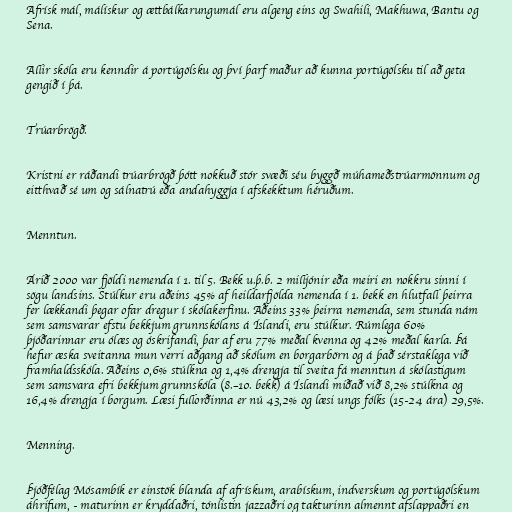
Afrísk mál, málískur og ættbálkarungumál eru algeng eins og Swahili, Makhuwa, Bantu og
Sena.

Allir skóla eru kenndir á portúgölsku og því þarf maður að kunna portúgölsku til að geta
gengið í þá.

Trúarbrögð.

Kristni er ráðandi trúarbrögð þótt nokkuð stór svæði séu byggð múhameðstrúarmönnum og
eitthvað sé um og sálnatrú eða andahyggja í afskekktum héruðum.

Menntun.

Árið 2000 var fjöldi nemenda í 1. til 5. Bekk u.þ.b. 2 milljónir eða meiri en nokkru sinni í
sögu landsins. Stúlkur eru aðeins 45% af heildarfjölda nemenda í 1. bekk en hlutfall þeirra
fer lækkandi þegar ofar dregur í skólakerfinu. Aðeins 33% þeirra nemenda, sem stunda nám
sem samsvarar efstu bekkjum grunnskólans á Íslandi, eru stúlkur. Rúmlega 60%
þjóðarinnar eru ólæs og óskrifandi, þar af eru 77% meðal kvenna og 42% meðal karla. Þá
hefur æska sveitanna mun verri aðgang að skólum en borgarbörn og á það sérstaklega við
framhaldsskóla. Aðeins 0,6% stúlkna og 1,4% drengja til sveita fá menntun á skólastigum
sem samsvara efri bekkjum grunnskóla (8.–10. bekk) á Íslandi miðað við 8,2% stúlkna og
16,4% drengja í borgum. Læsi fullorðinna er nú 43,2% og læsi ungs fólks (15-24 ára) 29,5%.

Menning.

Þjóðfélag Mósambík er einstök blanda af afrískum, arabískum, indverskum og portúgölskum
áhrifum, - maturinn er kryddaðri, tónlistin jazzaðri og takturinn almennt afslappaðri en